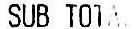
SUB TOTAL